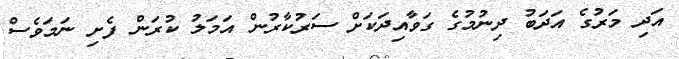
އަދި މަރުގެ އަދަބު ދިނުމުގެ ގަވާއިދަކަށް ސަރުކާރުން އަމަލު ކުރަން ފެށި ނަމަވެސް